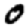
Digit: 0